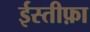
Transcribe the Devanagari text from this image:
ईस्तीफ़ा